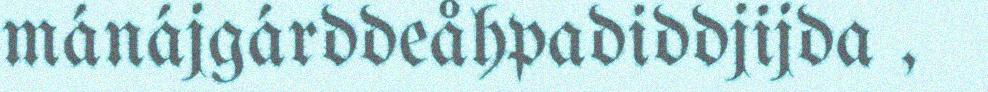
mánájgárddeåhpadiddjijda ,